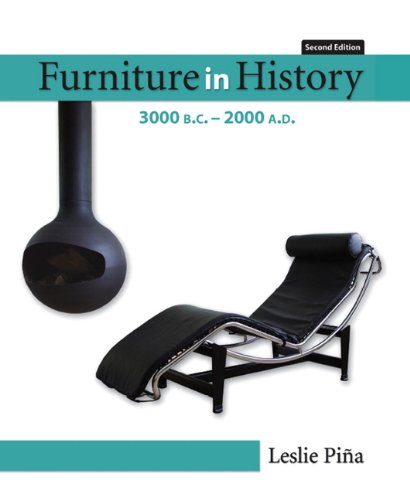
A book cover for Furniture in History: 3000 B.C. - 2000 A.D (2nd Edition); Leslie Pina; Crafts, Hobbies & Home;